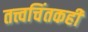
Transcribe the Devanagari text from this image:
तत्त्वचिंतकही